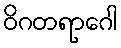
ဝိဂတရာဂေါ